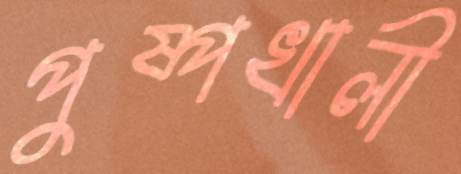
পুষ্পখালী